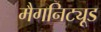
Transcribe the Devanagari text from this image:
मैगनिट्यूड